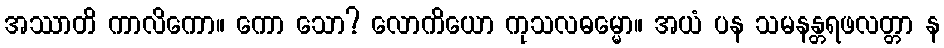
အဿာတိ ကာလိကော။ ကော သော? လောကိယော ကုသလဓမ္မော။ အယံ ပန သမနန္တရဖလတ္တာ န